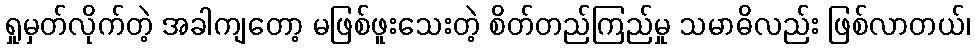
ရှုမှတ်လိုက်တဲ့ အခါကျတော့ မဖြစ်ဖူးသေးတဲ့ စိတ်တည်ကြည်မှု သမာဓိလည်း ဖြစ်လာတယ်၊